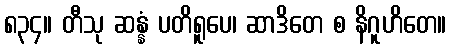
၈၃၄။ တီသု ဆန္နံ ပတိရူပေ၊ ဆာဒိတေ စ နိဂူဟိတေ။